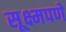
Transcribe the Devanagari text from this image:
सूक्ष्मपणे